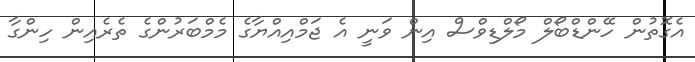
އެގޮތުން ހޭންޑްބޯލް މޯލްޑިވްސް އިން ވަނީ އެ ޖަމްއިއްޔާގެ މެމްބަރުންގެ ތެރެއިން ހިންގާ